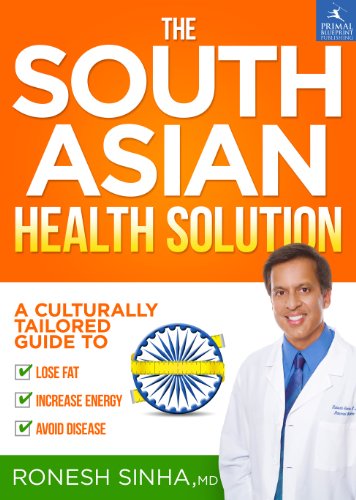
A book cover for The South Asian Health Solution: A Culturally Tailored Guide to Lose Fat, Increase Energy and Avoid Disease; Ronesh Sinha MD; Medical Books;